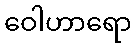
ဝေါဟာရော